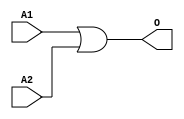
module JCOR2B(A1, A2, O);
input   A1;
input   A2;
output  O;
or g0(O, A1, A2);
endmodule